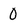
Character: 0